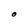
Character: O